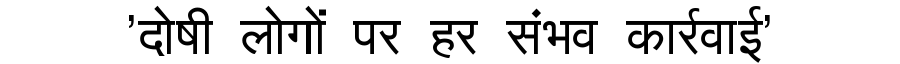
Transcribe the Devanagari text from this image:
'दोषी लोगों पर हर संभव कार्रवाई'